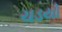
ચડયો